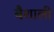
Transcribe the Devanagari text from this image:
बैशाली